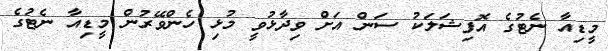
މީޑިއާ ނެޓުގެ އޮފިޝަލަކު ސަން އަށް ވިދާޅުވީ މުޅި ހެންވޭރުން މީޑިއާ ނެޓުގެ